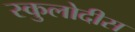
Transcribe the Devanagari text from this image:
स्कुलोदीस